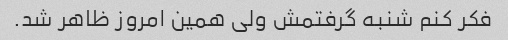
فکر کنم شنبه گرفتمش ولی همین امروز ظاهر شد.